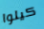
كيلوا